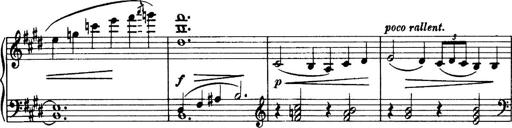
Title: 3 Sonatinas, Op.67
Composer: Jean Sibelius